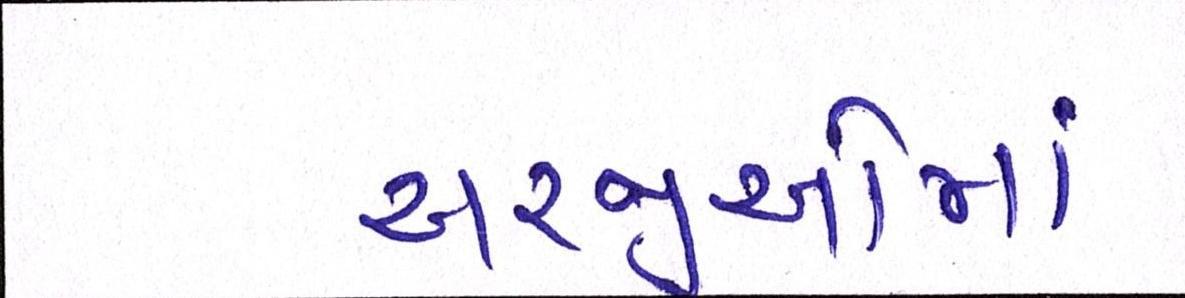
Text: અરજીઓમાં